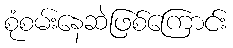
စုံစမ်းနေဆဲဖြစ်ကြောင်း